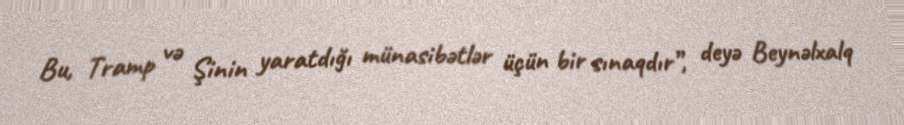
Bu, Tramp və Şinin yaratdığı münasibətlər üçün bir sınaqdır”, deyə Beynəlxalq